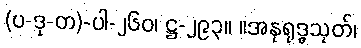
(ပ-ဒု-တ)-ပါ-၂၆၀၊ ဋ္ဌ-၂၉၃။ ။အနုရုဒ္ဓသုတ်၊